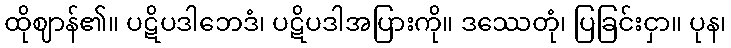
ထိုဈာန်၏။ ပဋိပဒါဘေဒံ၊ ပဋိပဒါအပြားကို။ ဒဿေတုံ၊ ပြခြင်းငှာ။ ပုန၊